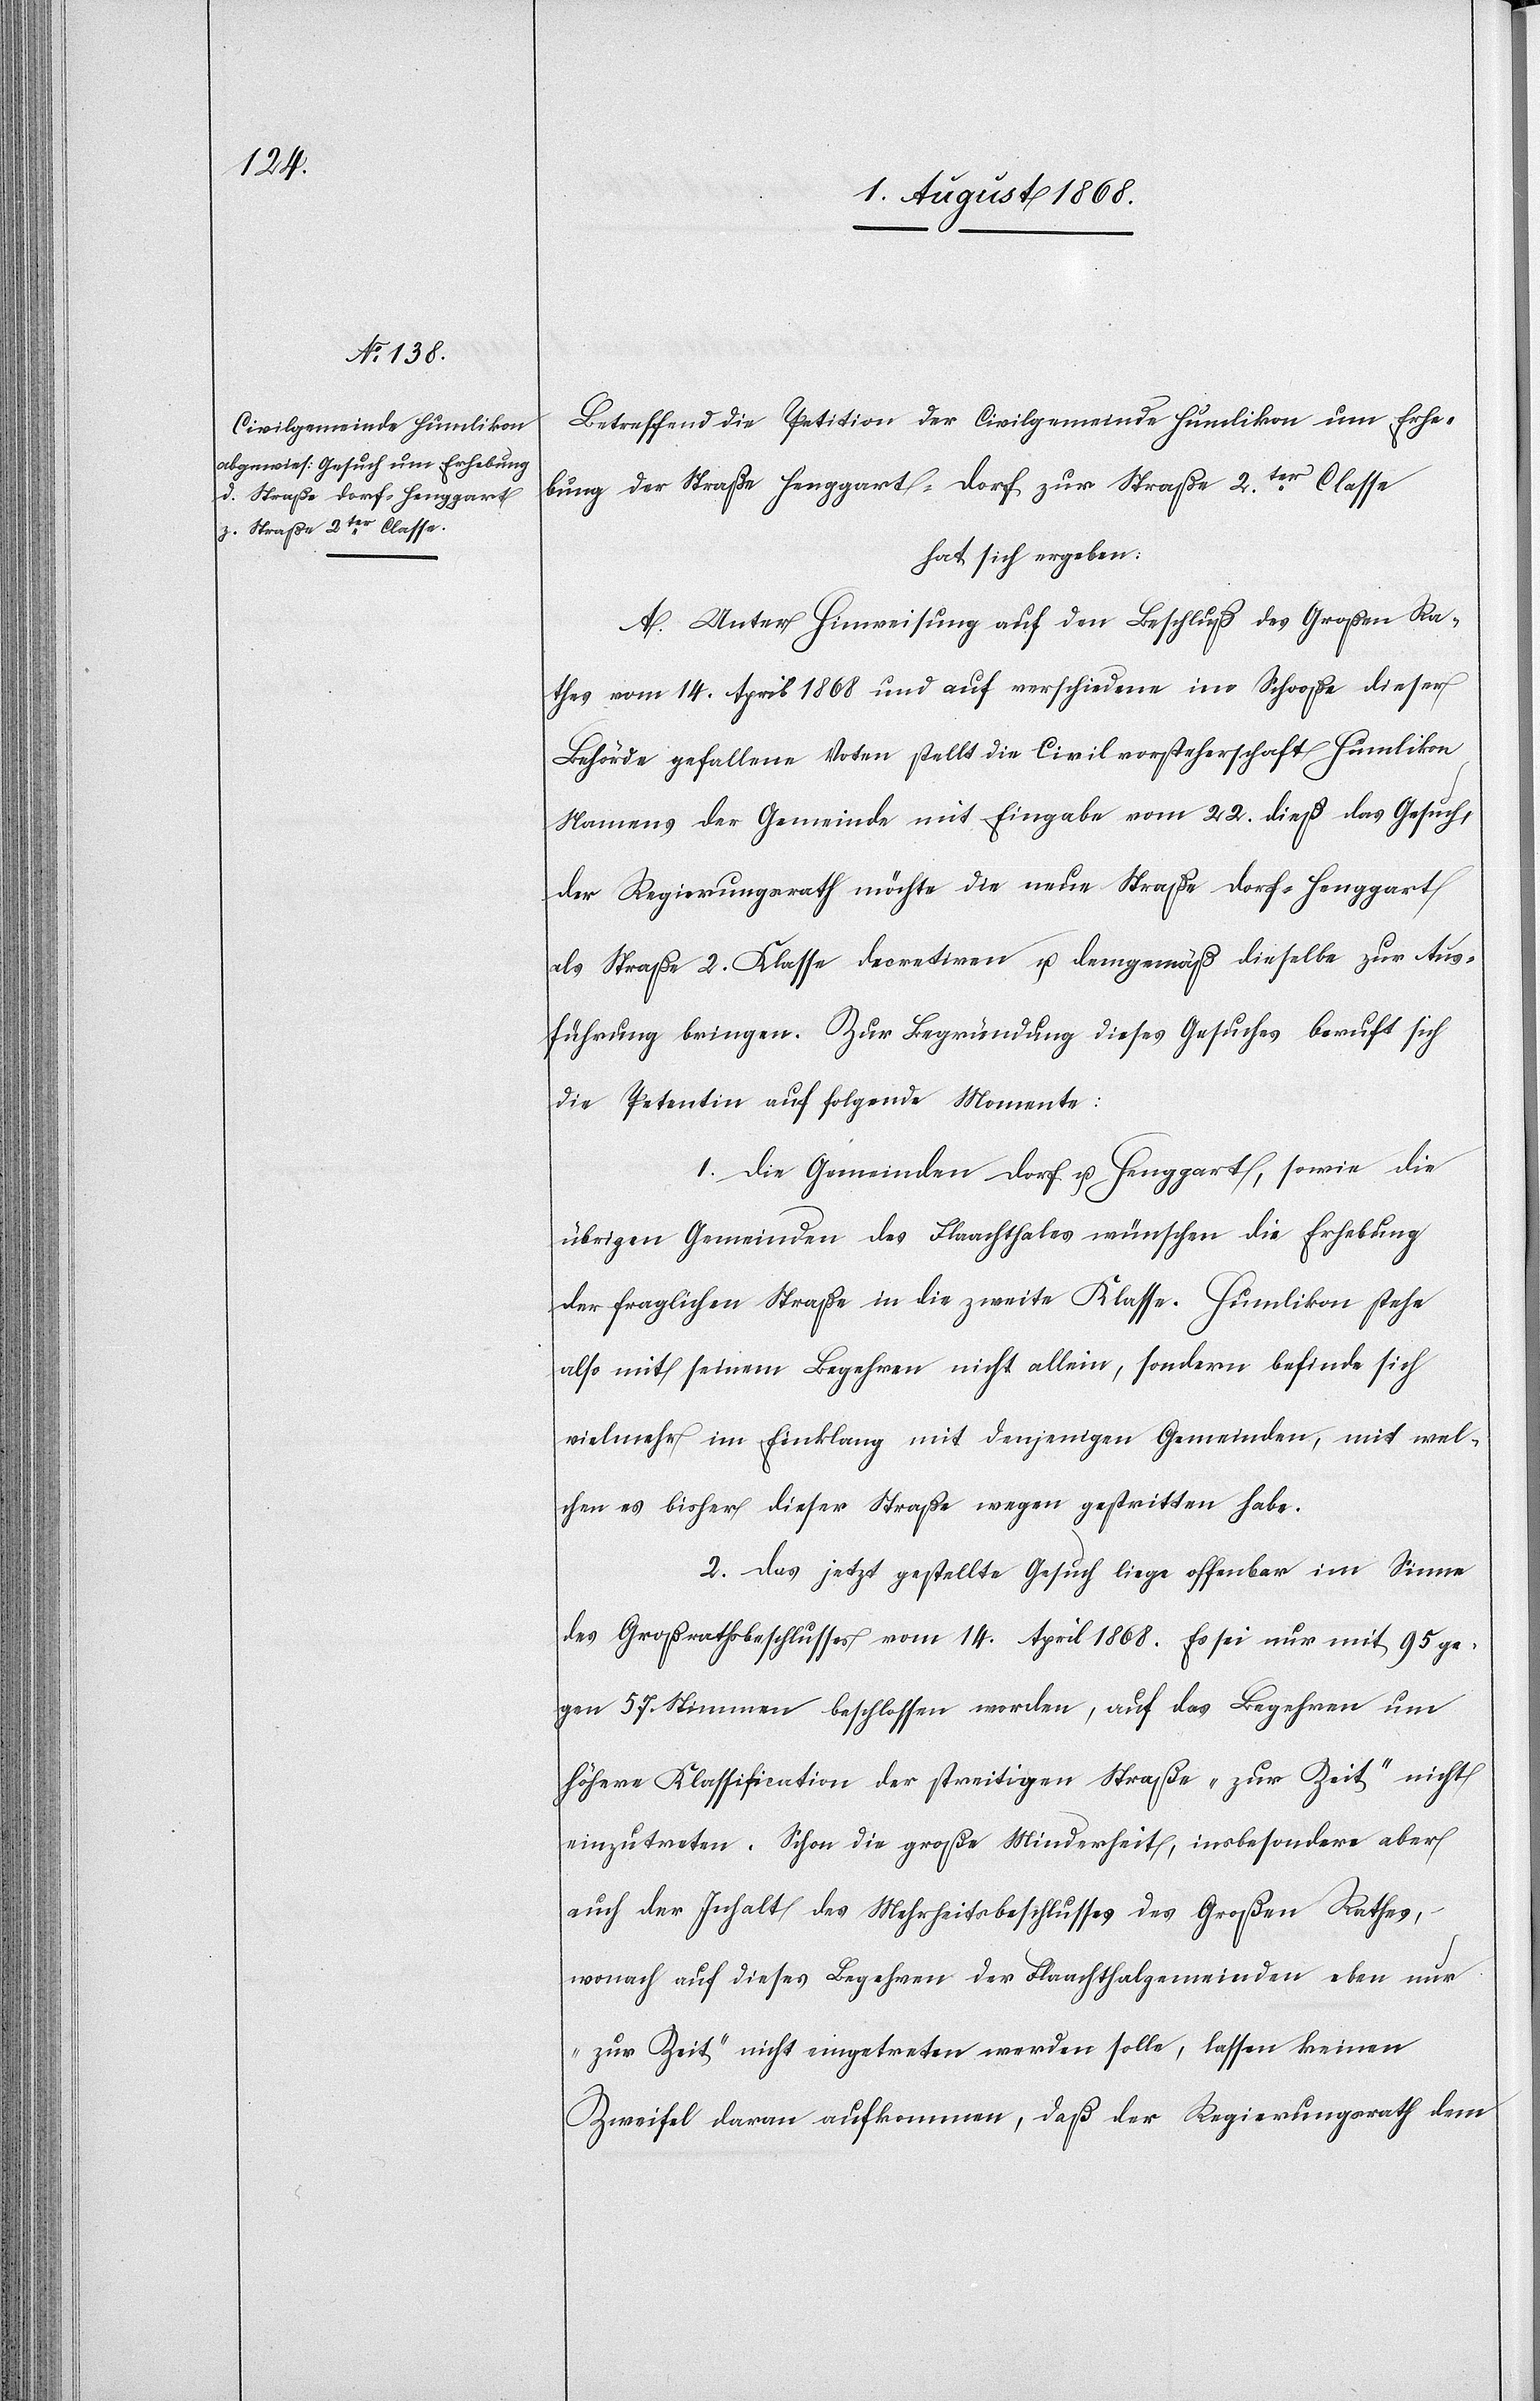
Betreffend die Petition der Civilgemeinde Humlikon um Erhe¬
bung der Straße Henggart–Dorf zur Straße 2ter. Classe
hat sich ergeben:
A. Unter Hinweisung auf den Beschluß des Großen Ra¬
thes vom 14. April 1868 und auf verschiedene im Schooße dieser
Behörde gefallene Voten stellt die Civilvorsteherschaft Humlikon
Namens der Gemeinde mit Eingabe vom 22. dieß das Gesuch,
der Regierungsrath möchte die neue Straße Dorf–Henggart
als Straße 2. Klasse decretiren u. demgemäß dieselbe zur Aus¬
führung bringen. Zur Begründung dieses Gesuches beruft sich
die Petentin auf folgende Momente:
1. Die Gemeinden Dorf u. Henggart, sowie die
übrigen Gemeinden des Flaachthales wünschen die Erhebung
der fraglichen Straße in die zweite Klasse. Humlikon stehe
also mit seinem Begehren nicht allein, sondern befinde sich
vielmehr im Einklang mit denjenigen Gemeinden, mit wel¬
chen es bisher dieser Straße wegen gestritten habe.
2. Das jetzt gestellte Gesuch liege offenbar im Sinne
des Großrathsbeschlusses vom 14. April 1868. Es sei nur mit 95 ge¬
gen 57. Stimmen beschlossen worden, auf das Begehren um
höhere Klassification der streitigen Straße „zur Zeit“ nicht
einzutreten. Schon die große Minderheit, insbesondere aber
auch der Inhalt des Mehrheitsbeschlusses des Großen Rathes,
wonach auf dieses Begehren der Flaachthalgemeinden eben nur
„zur Zeit“ nicht eingetreten werden solle, lassen keinen
Zweifel daran aufkommen, daß der Regierungsrath dem